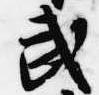
武